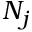
N _ { j }